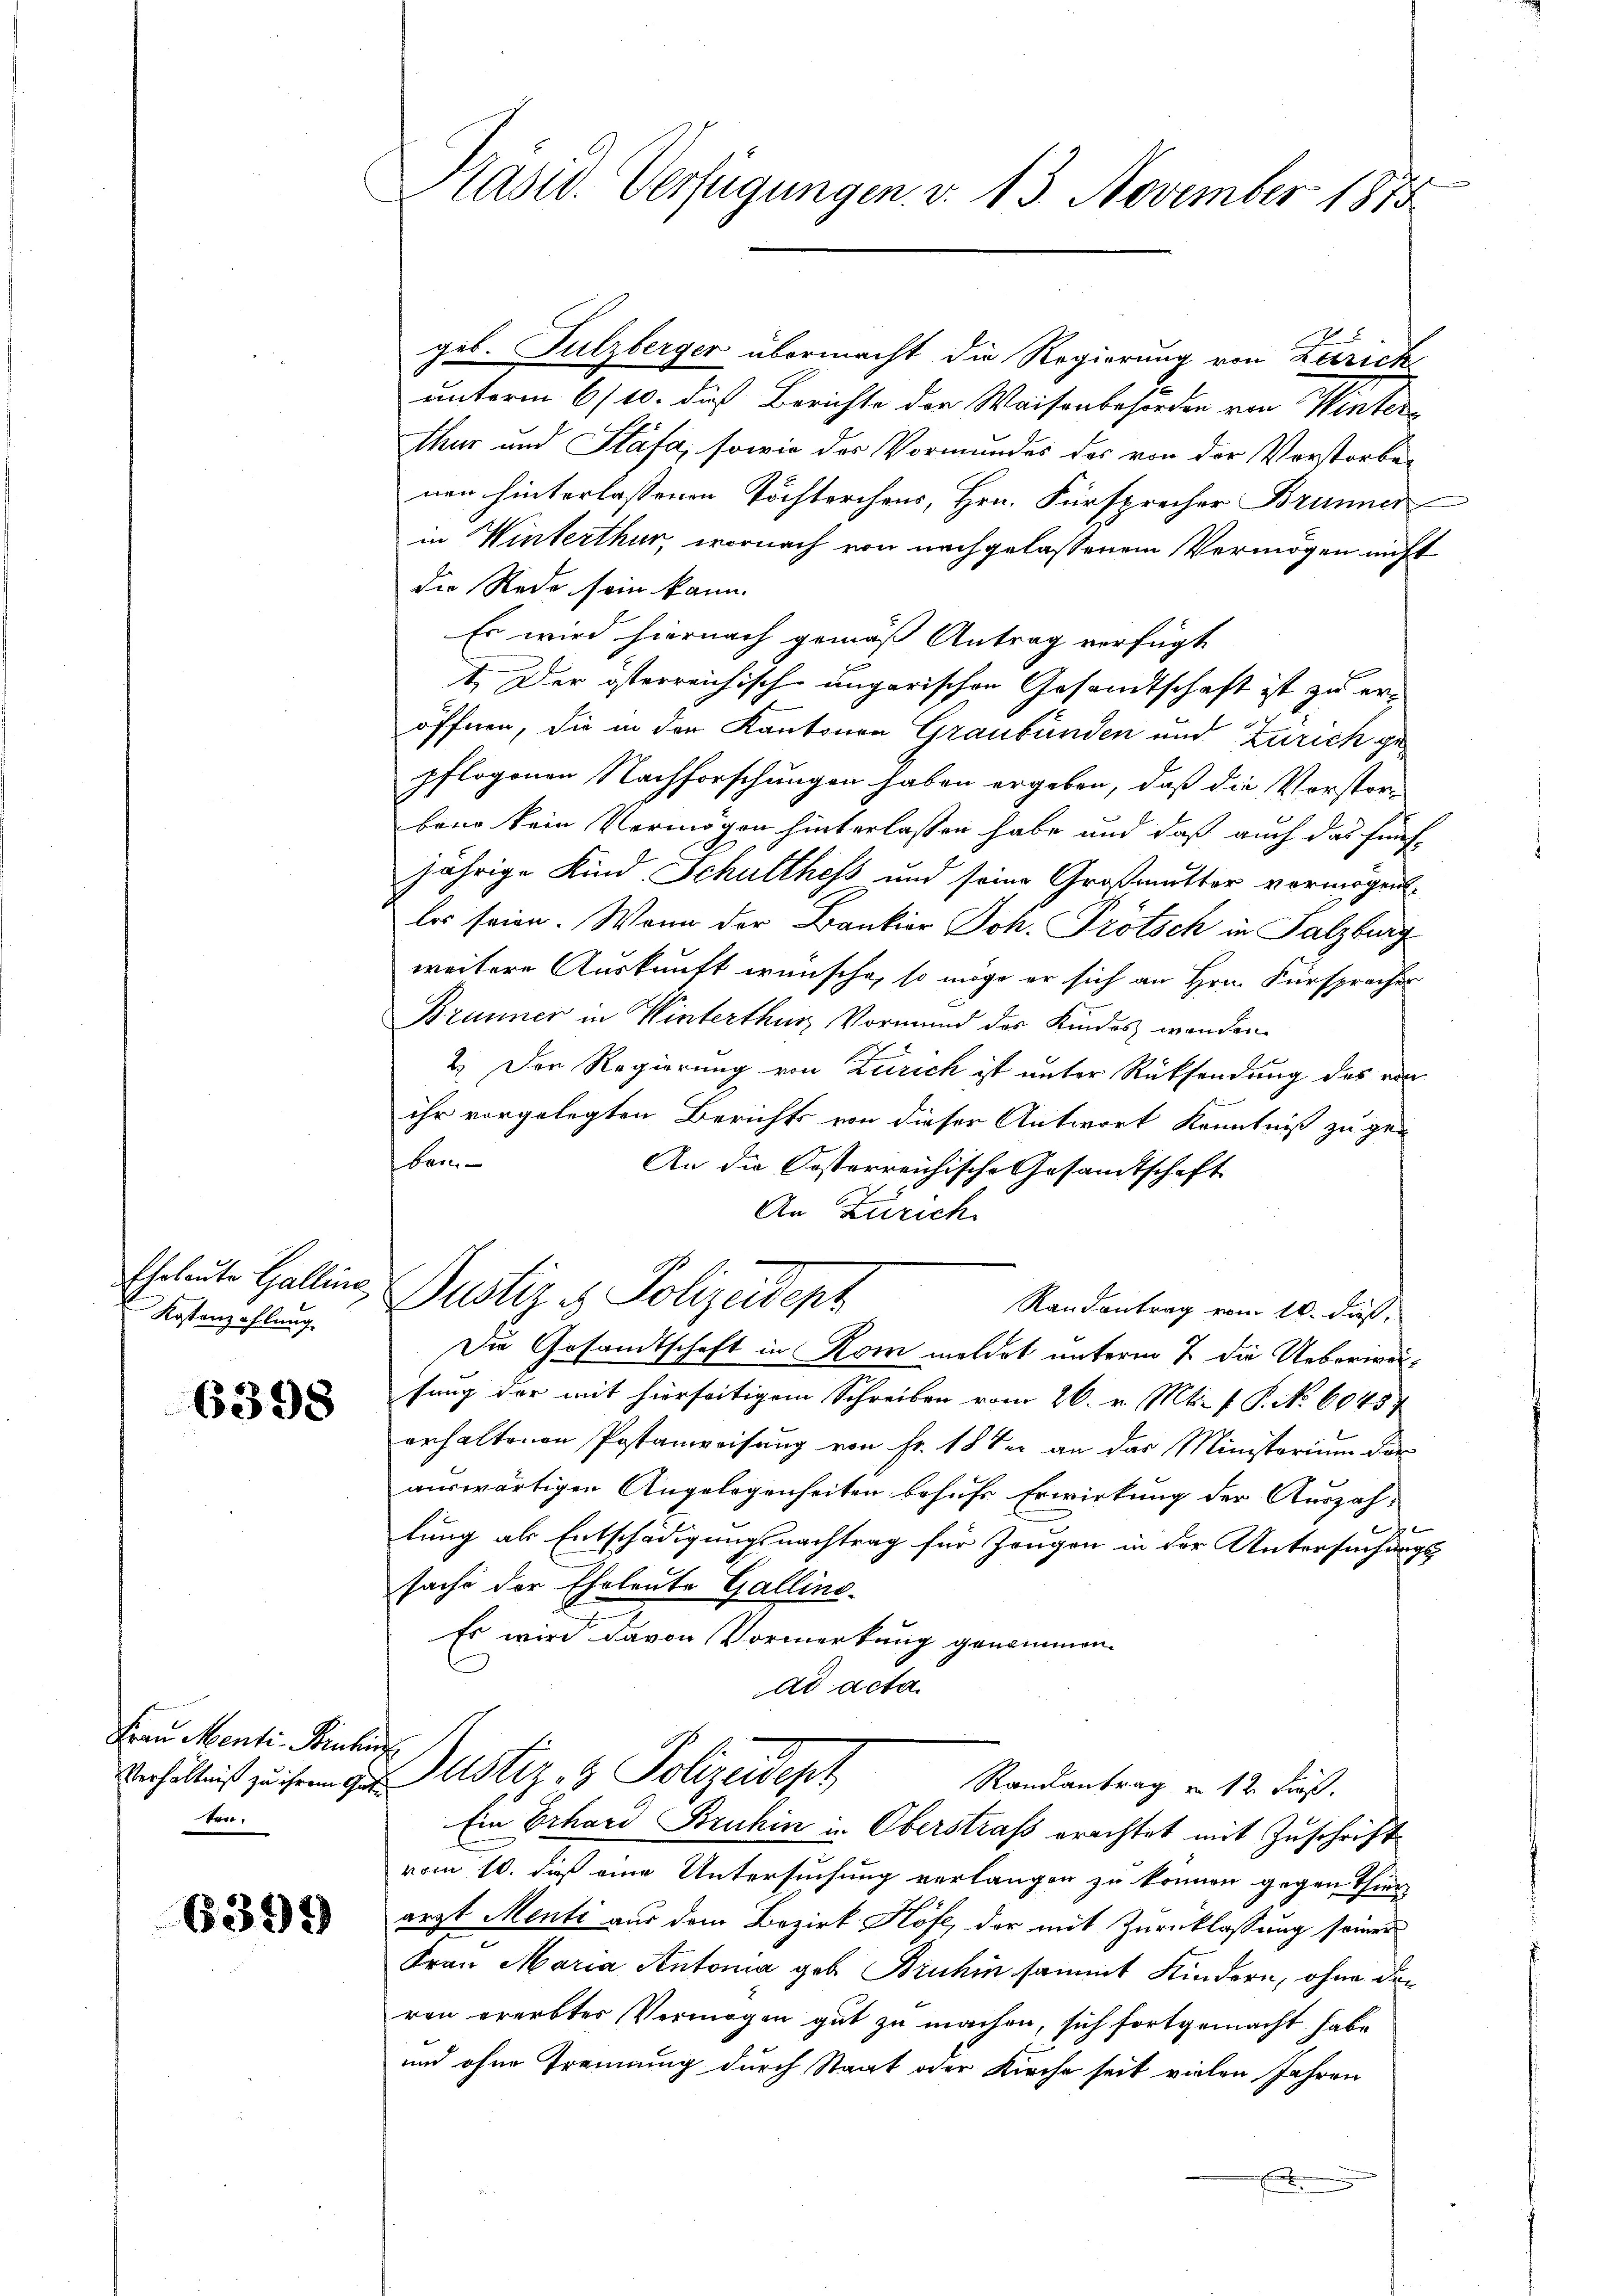
Kostenzahlung

6398

Frau Menti-Binhin
Verhältniß zu ihrem Ge
ten.

6399

Kasid. Verfügungen. v. 13. November 1875

geb. Sulzberger übermacht die Regierung von Zürich
unterm 6/10. dieß Berichte der Waisenbehörden von Winter-
thur und Stäfa, sowie des Vormundes des von der Verstorben
nen hinterlassenen Töchterchens, Hrn. Fürsprecher Brunner
in Winterthur, wornach von nachgelassenem Vermögen nicht
die Rede sein kann.
Es wird hiernach gemäß Antrag verfügt
1. Der terreichisch ungarischen Gesandtschaft ist zu eröffnen, die in der Kantonen Graubünden und Zürich gepflogenen Nachforschungen haben ergeben, daß die Vorstor-
bene kein Vermögen hinterlassen habe und daß auch das fünf-
jährige Kind Schulthess und seine Großmutter vermögent
les seien. Wenn der Bankier Joh. Prötsch in Salzburg
weitere Auskunft wünsche, so möge er sich an Hrn. Fürsprecher
Brunner in Winterthur Vormund des Kindes wenden
2. Der Regierung von Zürich ist unter Rücksendung des von
ihr vorgelegten Berichts von dieser Antwort Kenntniß zu ge-
Bare
An die Kosterreichische Gesandtschaft
An Zürich
Eheleute Galline Justiz & Polizeident
Randantrag vom 10. daß,
Die Gesandtschaft in Rom meldet unterm 7. die Ueberweisung der mit hierseitigem Schreiben vom 26. v. Mts. f. P. No. 6045.
erhaltenen Postanweisung von Fr. 18 der an das Ministerium der
auswärtigen Angelegenheiten behufs Erwirkung der Auszahlung als Entschädigungsnachtrag für Zeugen in der Untersuchungs
sache der Eheleute Gallino-
Es wird davon Vormerkung genommen.
ad acta
Duster- & Polizeidept,
Randantrag von 12 Fuß.
Ein Erhard Bruhin in Oberstraf erachtet mit Zuschrift
vom 10. dieß eine Untersuchung verlangen zu können gegen Thierarzt Menti aus dem Bezirk Höfe, der mit Zurücklassung seiner
Frau Maria Antonia geb. Bruhin sammt Kindern, ohne den
ren ererbter Vermögen gut zu machen, sich fortgemacht habe
und ohne Trennung durch Staat oder Kirche seit vielen Jahren
x